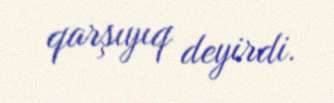
qarşıyıq deyirdi.